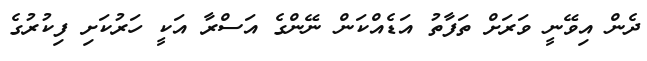
ދެން އިވޭނީ ވަރަށް ތަފާތު އަޑެއްކަން ނޭންގެ އަސްރާ އަކީ ހަރުކަށި ފިކުރުގެ